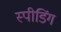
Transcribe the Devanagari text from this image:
स्‍पीडिंग